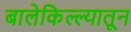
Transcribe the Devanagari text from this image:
बालेकिल्ल्यातून